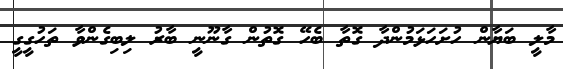
މާލީ ބަޔާން ހުށަހަޅަމުންދާ ގޮތާ ބެހޭ ގޮތުން ގާނޫނީ ބާރު ލިބިގެންވާ ތަހުގީގީ